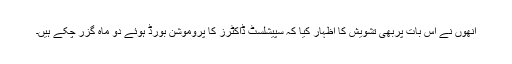
انھوں نے اس بات پربھی تشویش کا اظہار کیا کہ سپیشلسٹ ڈاکٹرز کا پروموشن بورڈ ہوئے دو ماہ گزر چکے ہیں۔